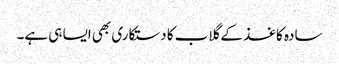
سادہ کاغذ کے گلاب کا دستکاری بھی ایسا ہی ہے۔